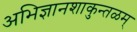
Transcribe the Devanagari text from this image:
अभिज्ञानशाकुन्तळम्